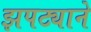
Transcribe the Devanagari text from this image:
झपट्याने